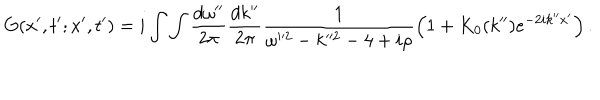
G ( x ^ { \prime } , t ^ { \prime } ; x ^ { \prime } , t ^ { \prime } ) = i \int \int \frac { d \omega ^ { \prime \prime } } { 2 \pi } \frac { d k ^ { \prime \prime } } { 2 \pi } \frac { 1 } { \omega ^ { 2 } - k ^ { 2 } - 4 + i \rho } \left( 1 + K _ { 0 } ( k ^ { \prime \prime } ) e ^ { - 2 i k ^ { \prime \prime } x ^ { \prime } } \right) .